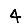
Digit: 4